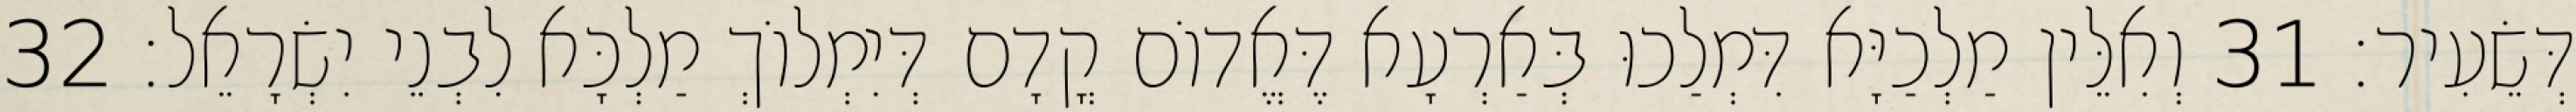
דְּשֵׂעִיר׃ 31 וְאִלֵּין מַלְכַיָּא דִּמְלַכוּ בְּאַרְעָא דֶּאֱדוֹם קֳדָם דְּיִמְלוֹךְ מַלְכָּא לִבְנֵי יִשְׂרָאֵל׃ 32